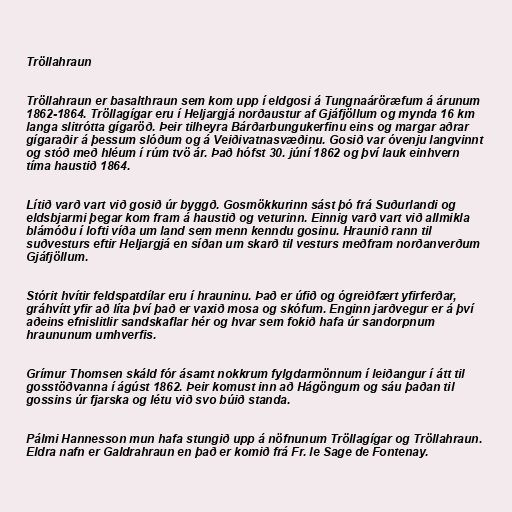
Tröllahraun

Tröllahraun er basalthraun sem kom upp í eldgosi á Tungnaáröræfum á árunum
1862-1864. Tröllagígar eru í Heljargjá norðaustur af Gjáfjöllum og mynda 16 km
langa slitrótta gígaröð. Þeir tilheyra Bárðarbungukerfinu eins og margar aðrar
gígaraðir á þessum slóðum og á Veiðivatnasvæðinu. Gosið var óvenju langvinnt
og stóð með hléum í rúm tvö ár. Það hófst 30. júní 1862 og því lauk einhvern
tíma haustið 1864.

Lítið varð vart við gosið úr byggð. Gosmökkurinn sást þó frá Suðurlandi og
eldsbjarmi þegar kom fram á haustið og veturinn. Einnig varð vart við allmikla
blámóðu í lofti víða um land sem menn kenndu gosinu. Hraunið rann til
suðvesturs eftir Heljargjá en síðan um skarð til vesturs meðfram norðanverðum
Gjáfjöllum.

Stórit hvítir feldspatdílar eru í hrauninu. Það er úfið og ógreiðfært yfirferðar,
gráhvítt yfir að líta því það er vaxið mosa og skófum. Enginn jarðvegur er á því
aðeins efnislitlir sandskaflar hér og hvar sem fokið hafa úr sandorpnum
hraununum umhverfis.

Grímur Thomsen skáld fór ásamt nokkrum fylgdarmönnum í leiðangur í átt til
gosstöðvanna í ágúst 1862. Þeir komust inn að Hágöngum og sáu þaðan til
gossins úr fjarska og létu við svo búið standa.

Pálmi Hannesson mun hafa stungið upp á nöfnunum Tröllagígar og Tröllahraun.
Eldra nafn er Galdrahraun en það er komið frá Fr. le Sage de Fontenay.